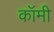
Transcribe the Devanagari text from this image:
कॉमी